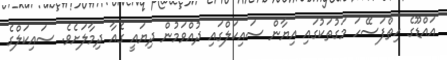
އައްޑޫގެ ހިތްފަސޭހަ މަގުތަކުގައި އިޔާން ސައިކަލްގައި ދުއްވަމުން ދިޔައީ ގެއާ ދިމާލަށެވެ. ސައިކަލްގެ